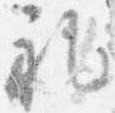
礼